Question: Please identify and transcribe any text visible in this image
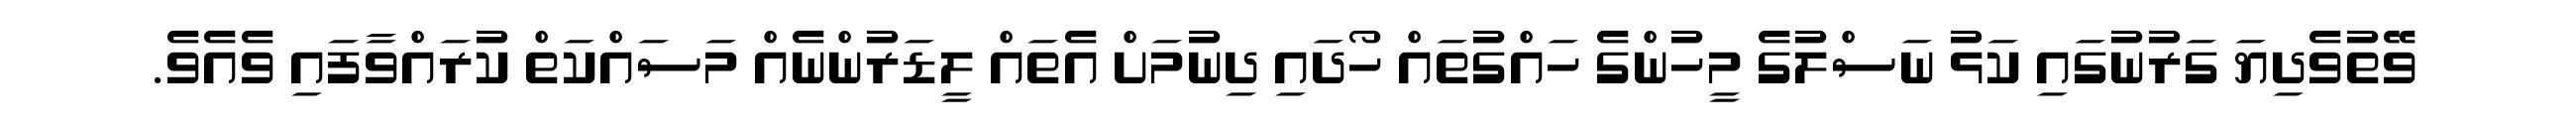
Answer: ވޭތުވެދިޔަ ގަރުނުގައި ކަޅު ނަސްލުގެ މީހުންގެ ހައްގުތައް ހޯދައި ދިނުމަށް އެތައް ލީޑަރުންނެއް މަސައްކަތް ކުރައްވާފައި ވެއެވެ.